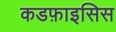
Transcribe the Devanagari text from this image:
कडफ़ाइसिस